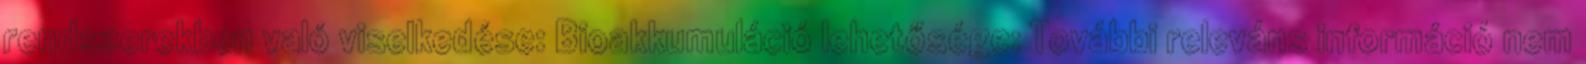
rendszerekben való viselkedése: Bioakkumuláció lehetősége: További releváns információ nem